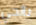
بالحي